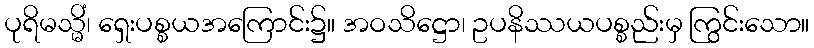
ပုရိမသ္မိံ၊ ရှေးပစ္စယအကြောင်း၌။ အဝသိဋ္ဌော၊ ဥပနိဿယပစ္စည်းမှ ကြွင်းသော။